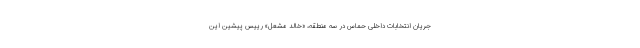
جریان انتخابات داخلی حماس در سه منطقه، «خالد مشعل» رییس پیشین این